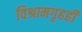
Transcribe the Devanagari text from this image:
विश्रामगृहही